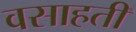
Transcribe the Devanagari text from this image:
वसाहतीं